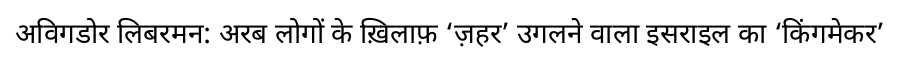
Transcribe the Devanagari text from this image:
अविगडोर लिबरमन: अरब लोगों के ख़िलाफ़ ‘ज़हर’ उगलने वाला इसराइल का ‘किंगमेकर’